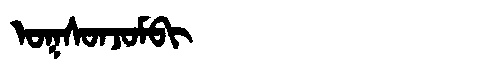
Manchu: ᠣᡴᠰᠣᠨᠵᠣᠮᠪᡳ
Romanization: OKSONJOMBI